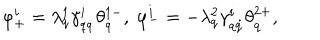
\varphi _ { + } ^ { i } = \lambda _ { q } ^ { 1 } \gamma _ { q \dot { q } } ^ { i } \theta _ { \dot { q } } ^ { 1 - } , \ \varphi _ { - } ^ { i } = - \lambda _ { q } ^ { 2 } \gamma _ { q \dot { q } } ^ { i } \theta _ { \dot { q } } ^ { 2 + } ,